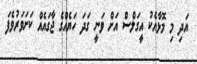
އަދި މި މޮޅާއެކު އީގަލްސް އަށް ވަނީ ގަދަ ހަޔެއްގެ ޖާގައެއް ކަށަވަރުވެފަ